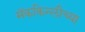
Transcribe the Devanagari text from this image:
मॅककिन्लीच्या